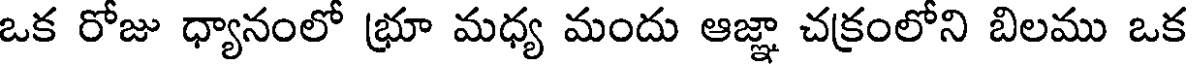
ఒక రోజు ధ్యానంలో భ్రూ మధ్య మందు ఆజ్ఞా చక్రంలోని బిలము ఒక